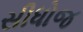
સીધોજ